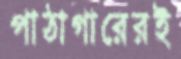
পাঠাগারেরই